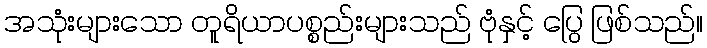
အသုံးများသော တူရိယာပစ္စည်းများသည် ဗုံနှင့် ပြွေ ဖြစ်သည်။